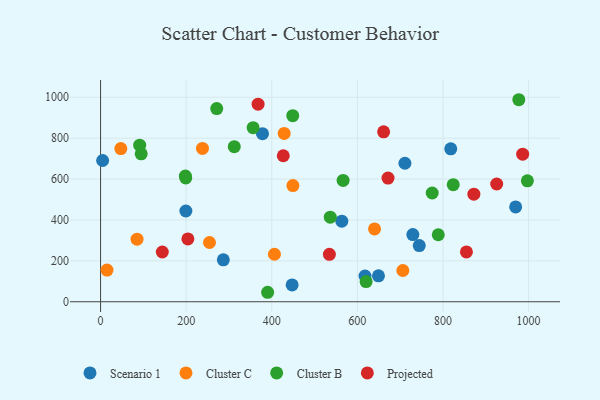
{"axis": {"x": "Study Hours", "y": "Sales"}, "legend": ["Cluster B", "Cluster C", "Projected", "Scenario 1"], "data": [{"x": "818.2", "y": 747.9, "type": "Scenario 1"}, {"x": "378.3", "y": 821.8, "type": "Scenario 1"}, {"x": "711.1", "y": 677.5, "type": "Scenario 1"}, {"x": "199.3", "y": 443.9, "type": "Scenario 1"}, {"x": "563.6", "y": 394.2, "type": "Scenario 1"}, {"x": "969.8", "y": 464.0, "type": "Scenario 1"}, {"x": "649.3", "y": 127.0, "type": "Scenario 1"}, {"x": "729.6", "y": 328.3, "type": "Scenario 1"}, {"x": "286.8", "y": 205.0, "type": "Scenario 1"}, {"x": "744.6", "y": 274.9, "type": "Scenario 1"}, {"x": "4.8", "y": 690.9, "type": "Scenario 1"}, {"x": "447.6", "y": 82.1, "type": "Scenario 1"}, {"x": "617.8", "y": 125.7, "type": "Scenario 1"}, {"x": "706.2", "y": 152.8, "type": "Cluster C"}, {"x": "640.1", "y": 356.3, "type": "Cluster C"}, {"x": "47.3", "y": 749.4, "type": "Cluster C"}, {"x": "238.1", "y": 749.7, "type": "Cluster C"}, {"x": "449.4", "y": 568.3, "type": "Cluster C"}, {"x": "85.2", "y": 306.0, "type": "Cluster C"}, {"x": "254.5", "y": 289.7, "type": "Cluster C"}, {"x": "429.0", "y": 823.1, "type": "Cluster C"}, {"x": "15.0", "y": 155.1, "type": "Cluster C"}, {"x": "406.2", "y": 232.2, "type": "Cluster C"}, {"x": "198.1", "y": 614.6, "type": "Cluster B"}, {"x": "620.4", "y": 98.6, "type": "Cluster B"}, {"x": "91.4", "y": 765.9, "type": "Cluster B"}, {"x": "449.0", "y": 910.0, "type": "Cluster B"}, {"x": "977.2", "y": 988.1, "type": "Cluster B"}, {"x": "997.2", "y": 591.5, "type": "Cluster B"}, {"x": "271.4", "y": 944.6, "type": "Cluster B"}, {"x": "312.4", "y": 758.4, "type": "Cluster B"}, {"x": "94.9", "y": 723.7, "type": "Cluster B"}, {"x": "390.3", "y": 46.3, "type": "Cluster B"}, {"x": "824.0", "y": 572.5, "type": "Cluster B"}, {"x": "356.4", "y": 851.2, "type": "Cluster B"}, {"x": "566.7", "y": 593.4, "type": "Cluster B"}, {"x": "774.8", "y": 531.8, "type": "Cluster B"}, {"x": "789.0", "y": 327.6, "type": "Cluster B"}, {"x": "199.0", "y": 605.7, "type": "Cluster B"}, {"x": "536.7", "y": 413.6, "type": "Cluster B"}, {"x": "671.6", "y": 604.7, "type": "Projected"}, {"x": "925.5", "y": 575.9, "type": "Projected"}, {"x": "854.8", "y": 243.9, "type": "Projected"}, {"x": "872.2", "y": 526.0, "type": "Projected"}, {"x": "534.6", "y": 231.7, "type": "Projected"}, {"x": "426.9", "y": 714.0, "type": "Projected"}, {"x": "986.2", "y": 722.0, "type": "Projected"}, {"x": "368.0", "y": 966.1, "type": "Projected"}, {"x": "144.2", "y": 243.2, "type": "Projected"}, {"x": "661.3", "y": 831.2, "type": "Projected"}, {"x": "204.0", "y": 307.3, "type": "Projected"}]}